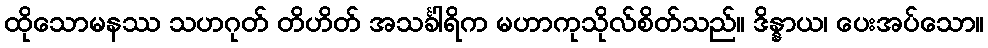
ထိုသောမနဿ သဟဂုတ် တိဟိတ် အသင်္ခါရိက မဟာကုသိုလ်စိတ်သည်။ ဒိန္နာယ၊ ပေးအပ်သော။